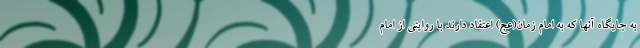
به جایگاه آنها که به امام زمان(عج) اعتقاد دارند با روایتی از امام